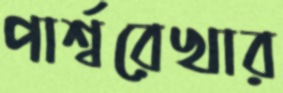
পার্শ্বরেখার